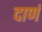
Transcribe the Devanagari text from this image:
दाणं